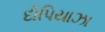
દોપિયાઝા